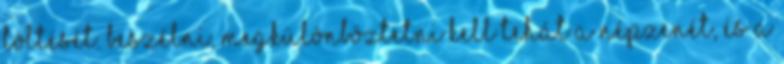
töltését. Beszélni, megkülönböztetni kell tehát a népzenét, és a